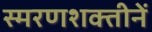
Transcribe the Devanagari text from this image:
स्मरणशक्तीनें